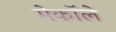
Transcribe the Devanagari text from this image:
मेकॉले